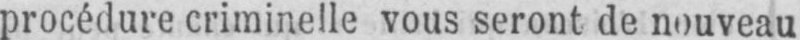
procédure criminelle vous seront de nouveau